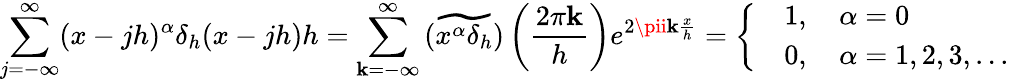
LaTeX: \sum_{j=-\infty}^{\infty}(x-jh)^{\alpha}\delta_{h}(x-jh)h=\sum_{\mathbf{k}=-\infty}^{\infty}\widetilde{{\left(x^{\alpha}\delta_{h}\right)}}\left(\frac{{2\pi\mathbf{k}}}{{h}}\right)e^{2\pii\mathbf{k}\frac{{x}}{{h}}}=\left\{ \begin{array}{rl}&{1,\quad\alpha=0}\\ &{0,\quad\alpha=1,2,3,...}\end{array}\right.